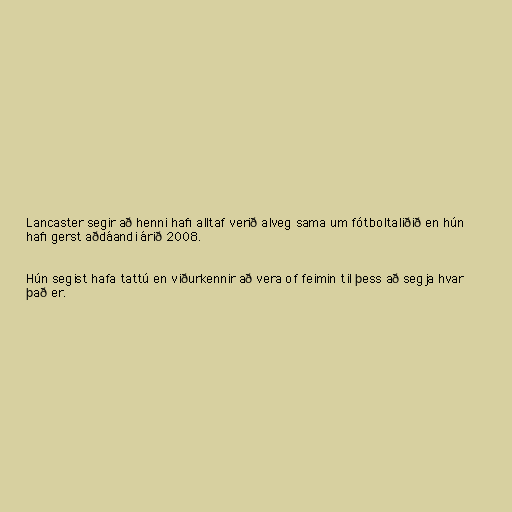
Lancaster segir að henni hafi alltaf verið alveg sama um fótboltaliðið en hún
hafi gerst aðdáandi árið 2008.

Hún segist hafa tattú en viðurkennir að vera of feimin til þess að segja hvar
það er.